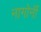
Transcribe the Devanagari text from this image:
नागोर्नी